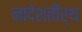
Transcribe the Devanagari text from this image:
नादेशतीर्थ